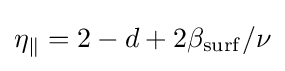
\eta _{\parallel }=2-d+2\beta _{\mathrm {surf} }/\nu \,\!